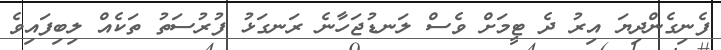
ފެނިގެންދިޔަ އިރު ދެ ޓީމަށް ވެސް ލަނޑުޖަހާނެ ރަނގަޅު ފުރުސަތު ތަކެއް ލިބިފައިވެ